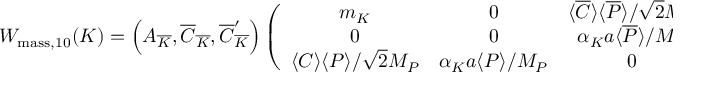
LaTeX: W _ { \mathrm { m a s s , 1 0 } } ( K ) = \left( A _ { \overline { { { K } } } } , \overline { { { C } } } _ { \overline { { { K } } } } , \overline { { { C } } } _ { \overline { { { K } } } } ^ { \prime } \right) \left( \begin{array} { c c c } { { m _ { K } } } & { { 0 } } & { { \langle \overline { { { C } } } \rangle \langle \overline { { { P } } } \rangle / \sqrt { 2 } M _ { P } } } \\ { { 0 } } & { { 0 } } & { { \alpha _ { K } a \langle \overline { { { P } } } \rangle / M _ { P } } } \\ { { \langle C \rangle \langle P \rangle / \sqrt { 2 } M _ { P } } } & { { \alpha _ { K } a \langle P \rangle / M _ { P } } } & { { 0 } } \end{array} \right) \left( \begin{array} { c } { { A _ { K } } } \\ { { C _ { K } } } \\ { { C _ { K } ^ { \prime } } } \end{array} \right) .